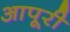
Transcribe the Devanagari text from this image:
आपूरी